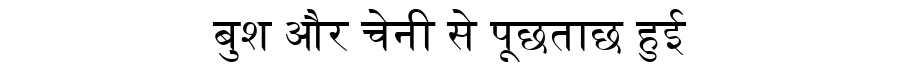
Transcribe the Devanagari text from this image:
बुश और चेनी से पूछताछ हुई